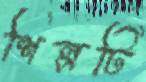
শিল্পটি